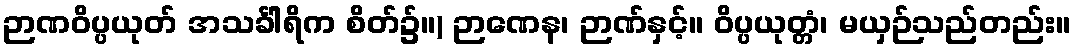
ဉာဏဝိပ္ပယုတ် အသင်္ခါရိက စိတ်၌။) ဉာဏေန၊ ဉာဏ်နှင့်။ ဝိပ္ပယုတ္တံ၊ မယှဉ်သည်တည်း။